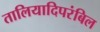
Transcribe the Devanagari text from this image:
तालियादिपरंबिल